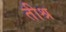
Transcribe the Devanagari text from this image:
तीश्र